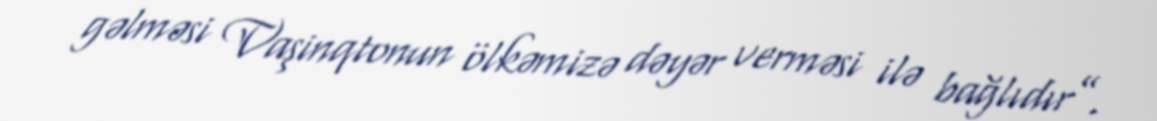
gəlməsi Vaşinqtonun ölkəmizə dəyər verməsi ilə bağlıdır”.